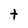
Character: t